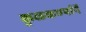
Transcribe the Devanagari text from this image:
कुळकर्ण्यानें